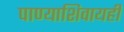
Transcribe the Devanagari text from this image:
पाण्याशिवायही